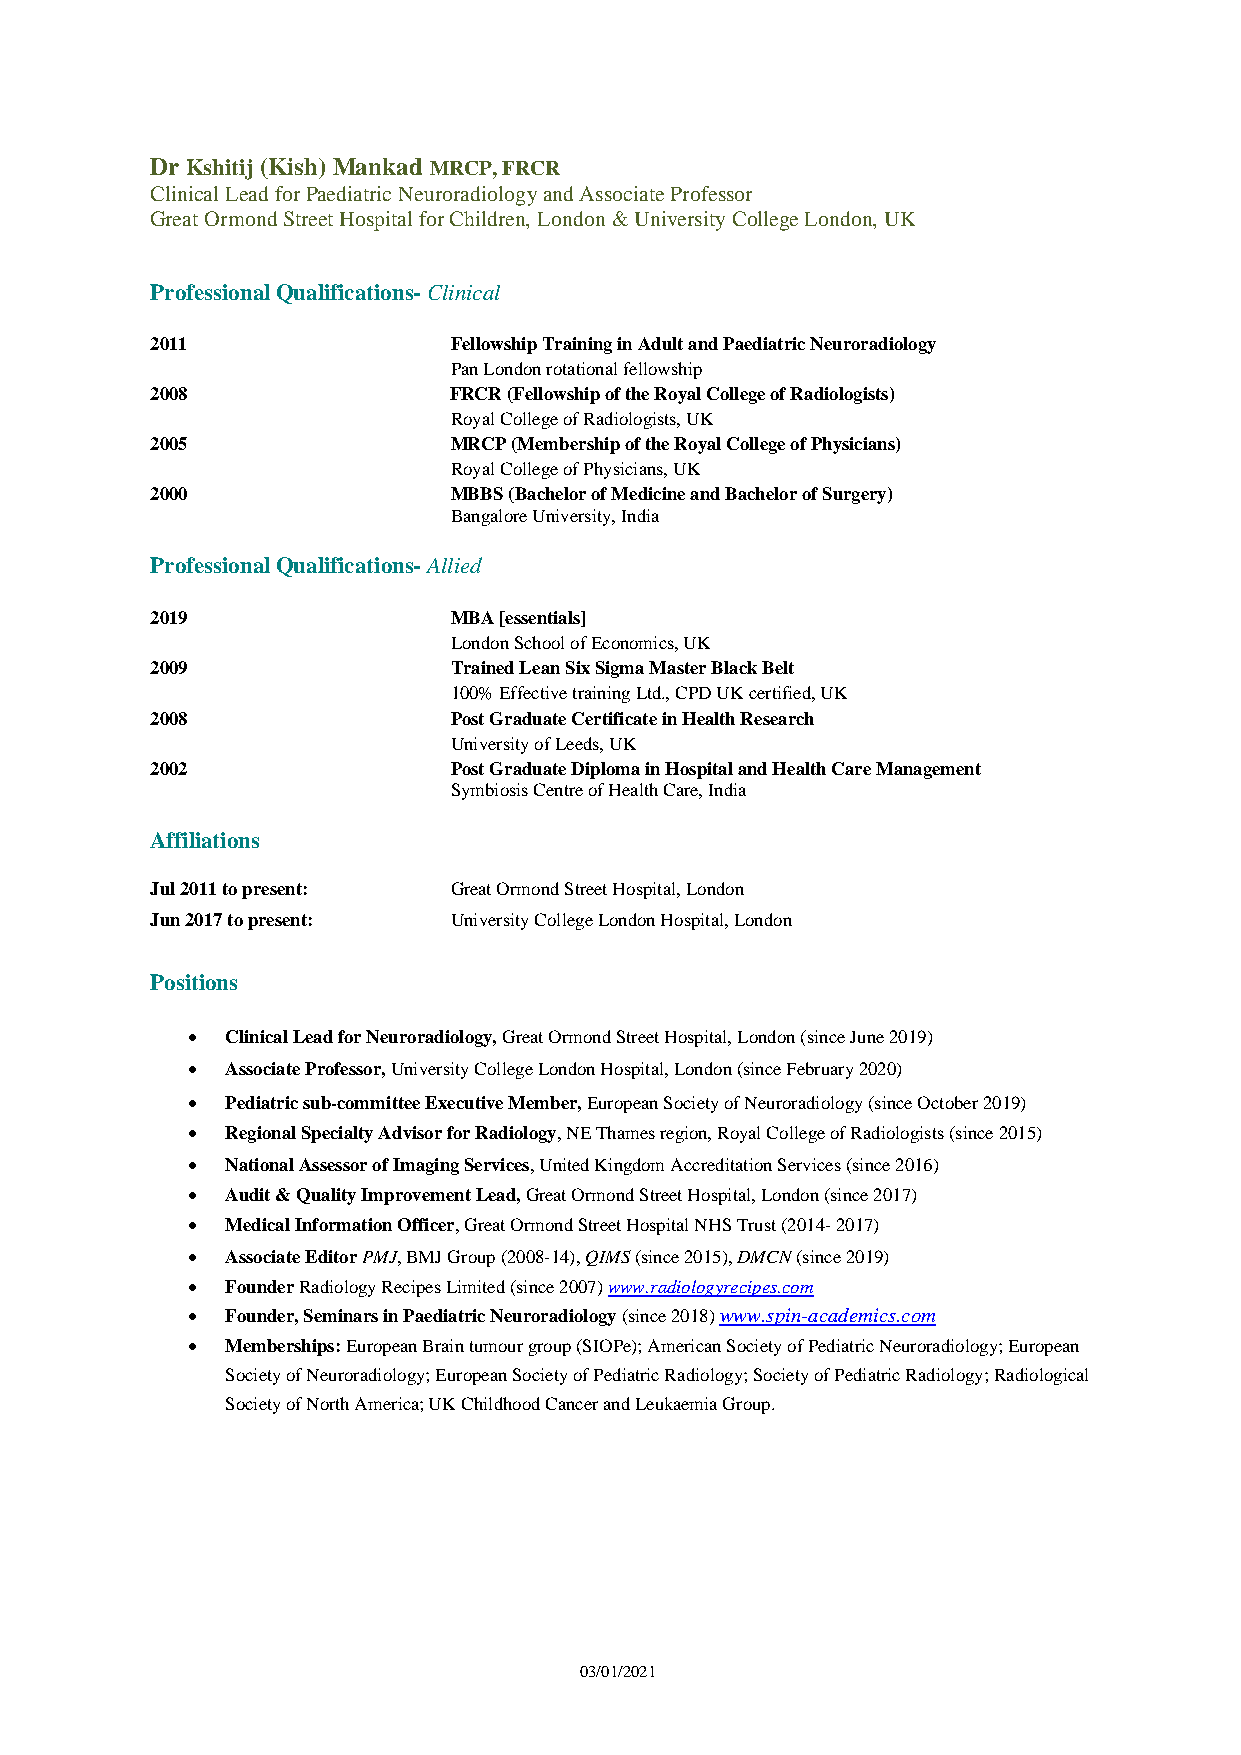
Dr Kshitij (Kish) Mankad MRCP, FRCR
 Clinical Lead for Paediatric Neuroradiology and Associate Professor
 Great Ormond Street Hospital for Children, London & University College London, UK
 Professional Qualifications- Clinical
 2011                Fellowship Training in Adult and Paediatric Neuroradiology
 Pan London rotational fellowship
 2008                FRCR (Fellowship of the Royal College of Radiologists)
 Royal College of Radiologists, UK
 2005                MRCP (Membership of the Royal College of Physicians)
 Royal College of Physicians, UK
 2000                MBBS (Bachelor of Medicine and Bachelor of Surgery)
 Bangalore University, India
 Professional Qualifications- Allied
 2019                MBA [essentials]
 London School of Economics, UK
 2009                Trained Lean Six Sigma Master Black Belt
 100% Effective training Ltd., CPD UK certified, UK
 2008                Post Graduate Certificate in Health Research
 University of Leeds, UK
 2002                Post Graduate Diploma in Hospital and Health Care Management
 Symbiosis Centre of Health Care, India
 Affiliations
 Jul 2011 to present: Great Ormond Street Hospital, London
 Jun 2017 to present: University College London Hospital, London
 Positions
 •  Clinical Lead for Neuroradiology, Great Ormond Street Hospital, London (since June 2019)
 •  Associate Professor, University College London Hospital, London (since February 2020)
 •  Pediatric sub-committee Executive Member, European Society of Neuroradiology (since October 2019)
 •  Regional Specialty Advisor for Radiology, NE Thames region, Royal College of Radiologists (since 2015)
 •  National Assessor of Imaging Services, United Kingdom Accreditation Services (since 2016)
 •  Audit & Quality Improvement Lead, Great Ormond Street Hospital, London (since 2017)
 •  Medical Information Officer, Great Ormond Street Hospital NHS Trust (2014- 2017)
 •  Associate Editor PMJ, BMJ Group (2008-14), QIMS (since 2015), DMCN (since 2019)
 •  Founder Radiology Recipes Limited (since 2007) www.radiologyrecipes.com
 •  Founder, Seminars in Paediatric Neuroradiology (since 2018) www.spin-academics.com
 •  Memberships: European Brain tumour group (SIOPe); American Society of Pediatric Neuroradiology; European
 Society of Neuroradiology; European Society of Pediatric Radiology; Society of Pediatric Radiology; Radiological
 Society of North America; UK Childhood Cancer and Leukaemia Group.
 03/01/2021